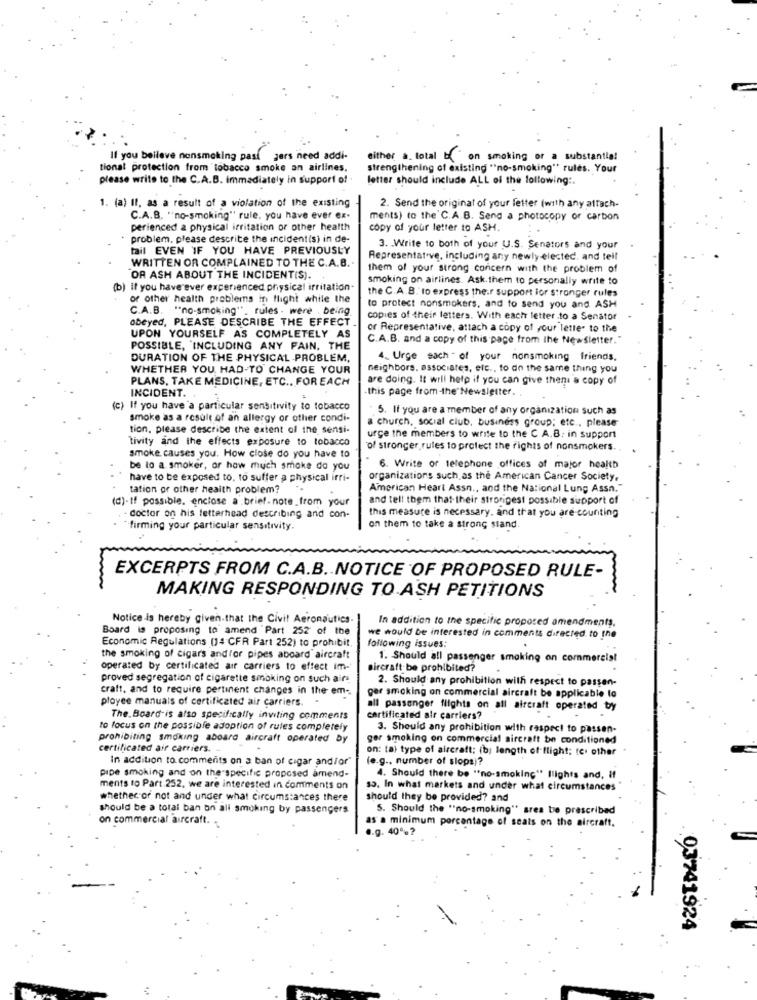
If you beilave nonsmoking past gers need addi-
either a. total b. on smoking or a substantial
tional protection from tobacco smoke an airlines.
strengthening of existing "no-smoking" rules. Your
please write to the C.A.B. immediately in support of
letter should include ALL of the following :.
1. (a) Il. as a result of a violation of the existing
2. Send the original of your letter (with any attach-
C.A.B. "no-smoking" rule, you have ever ex-
ments) to the'C.A.B. Send a photocopy or carbon
perienced a physical irritation or other health
copy of your letter to ASH.
problem, please describe the incident(s) in de-
tail EVEN IF YOU HAVE PREVIOUSLY
3. Write to both of your U.S. Senators and your
WRITTEN OR COMPLAINED TO THE C.A.B .-
Representative, including any newly elected. and tell
them of your strong concern with the problem of
OR ASH ABOUT THE INCIDENT(S).
smoking on airlines. Ask them to personally write to
(b) if you have ever experienced physical irritation.
the C.A.B. to express their support lor stronger rules
or other health problems in flight while the
C.A.B. "no-smoking". rules . were being
to protect nonsmokers, and to send you and ASH
obeyed, PLEASE DESCRIBE THE EFFECT.
copies of their letters. With each letter to a Senator
or Representative, attach a copy of your letter to the
UPON YOURSELF AS COMPLETELY AS
C.A.B. and a copy of this page from the Newsletter."
POSSIBLE, INCLUDING ANY PAIN, THE
DURATION OF THE PHYSICAL PROBLEM.
4. Urge each of your nonsmoking friends.
WHETHER YOU HAD-TO CHANGE YOUR
neighbors, associates, etc ., to on the same thing you
PLANS, TAKE MEDICINE, ETC .. FOR EACH
are doing. It will help if you can give theni a copy of
this page from-the Newsletter ..
INCIDENT ..
(c) If you have a particular sensitivity to tobacco
5. If you are a member of any organization such as
smoke as a result of an allergy or other condi-
a church, social club, business group; etc ., please
tion, please describe the extent of the sensi-
tivity and the effects exposure to tobacco
urge the members to write to the C A.B. in support
of stronger rules to protect the rights of nonsmokers.
smoke causes you. How close do you have to
be to a smoker, or how much smoke do you
6. Write or telephone offices of major health
have to be exposed to, to suffer a physical irri-
organizations such as the American Cancer Society,
tation or other health problem?
American Heart Assn ., and the National Lung Assn."
(d)-If possible. enclose a brief- note_from your
and tell them that their strorigest possible support of
this measure is necessary, and that you are counting
- doctor on his letterhead describing and con-
"firming your particular sensitivity.
on them to take a strong stand.
EXCERPTS FROM C.A.B. NOTICE OF PROPOSED RULE-
MAKING RESPONDING TO ASH PETITIONS
Notice Is hereby given.that the Civil Aeronautics
In addition to the specific proposed amendments.
Board is proposing to amend Part 252 of the
Economic Regulations (14 CFR Part 252) to prohibit.
we would be interested in comments directed. to the
following issues:
the smoking of cigars andfor pipes aboard aircraft
1. Should all passenger smoking an commercial
operated by certificated air carriers to effect im-
aircraft be prohibited?
proved segregation of cigarette smoking on such airs
2. Should any prohibition with respect to passen-
craft, and to require pertinent changes in the em-
ployee manuals of certificated air carriers. -
ger smoking on commercial aircraft be applicable to
ail passenger flights on all aircraft operated by
The Board is also specifically inviting comments
certificated air carriers?
to focus on the possible adoption of rules completely
3. Should any prohibition with respect to passen-
prohibiting smoking aboard aircraft operated by
ger smoking on commercial aircraft be conditioned
certificated air carriers.
on: tal type of aircraft: fb; length of flight; te. other
In addition to comments on a ban of cigar andfor"
(e.g ., number of slops)?
pipe smoking and on the specific proposed amend-
4. Should there be "no-smoking" Ilights and, if
ments to Part 252, we are interested in comments on
35. In what markets and under what circumstances"
whether or not and under what circumstances there
should they be provided? and
should be a total ban on all smoking by passengers
S. Should the "no-smoking" srea be prescribed
on commercial aircraft. .
as a minimum percentage of seats on the aircraft.
.g. 40%?
03741924